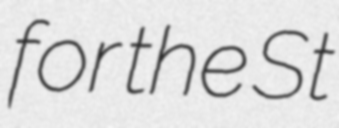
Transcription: for the St